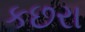
કછરા